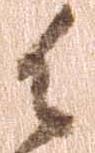
御